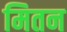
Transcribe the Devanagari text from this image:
मितन